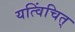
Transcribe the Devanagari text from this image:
यत्विंचित्